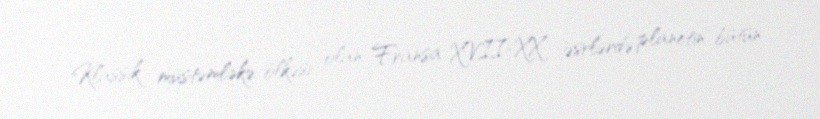
Klassik müstəmləkə ölkəsi olan Fransa XVII-XX əsrlərdə planetin bütün